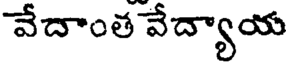
వేదాంత వేద్యాయ